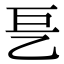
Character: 乬